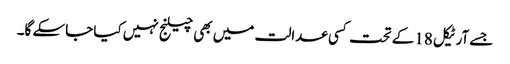
جسے آرٹیکل 18کے تحت کسی عدالت میں بھی چیلنج نہیں کیا جاسکے گا۔